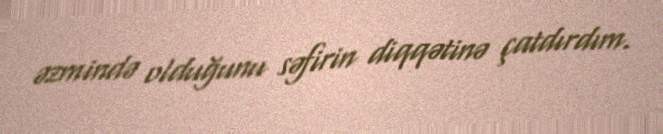
əzmində olduğunu səfirin diqqətinə çatdırdım.